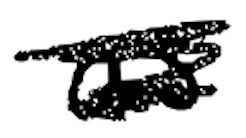
Text: as
Cross-out: scratch
Writing tool: digital_black